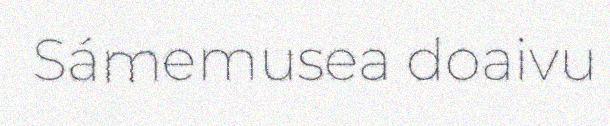
Sámemusea doaivu